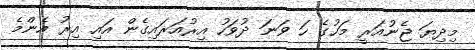
މިިދިޔަ ޖެނުއަރީ މަހުގެ ހަ ވަނަ ދުވަހު އިރުއަރައިގެން އައި އިރު އެންމެ